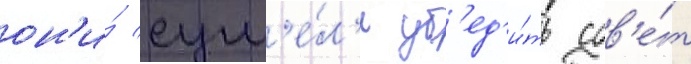
он'и́ сум'е́л'и уб'ед'и́ть сов'е́т